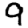
Digit: 9